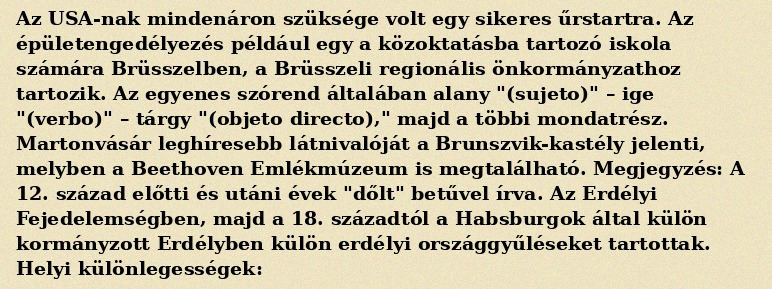
Az USA-nak mindenáron szüksége volt egy sikeres űrstartra. Az épületengedélyezés például egy a közoktatásba tartozó iskola számára Brüsszelben, a Brüsszeli regionális önkormányzathoz tartozik. Az egyenes szórend általában alany "(sujeto)" – ige "(verbo)" – tárgy "(objeto directo)," majd a többi mondatrész. Martonvásár leghíresebb látnivalóját a Brunszvik-kastély jelenti, melyben a Beethoven Emlékmúzeum is megtalálható. Megjegyzés: A 12. század előtti és utáni évek "dőlt" betűvel írva. Az Erdélyi Fejedelemségben, majd a 18. századtól a Habsburgok által külön kormányzott Erdélyben külön erdélyi országgyűléseket tartottak. Helyi különlegességek: